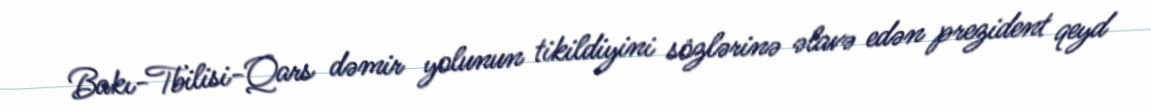
Bakı-Tbilisi-Qars dəmir yolunun tikildiyini sözlərinə əlavə edən prezident qeyd